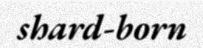
shard-born